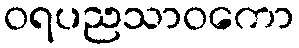
ဝရပညသာဝကော